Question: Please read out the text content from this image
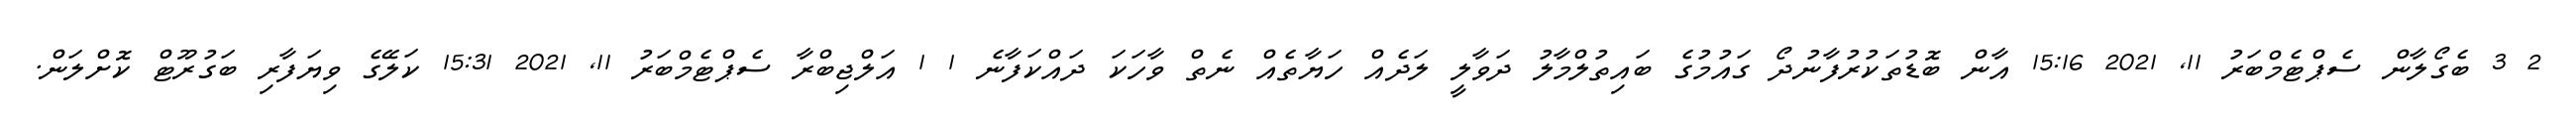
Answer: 2 3 ބެގޯލާން ސެޕްޓެމްބަރު 11, 2021 15:16 އާން ބޮޑުތަކުރުފާނުދޯ ގައުމުގެ ބައިތުލްމާލު ދަވާލީ ލަދެއް ހަޔާތެއް ނެތް ވާހަކަ ދައްކަފާނެ 1 1 އަލްޖިބްރާ ސެޕްޓެމްބަރު 11, 2021 15:31 ކަލޭގެ ވިޔަފާރި ބަގުރޫޓް ކޮށްލަން.